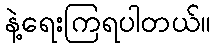
နဲ့ရေးကြရပါတယ်။